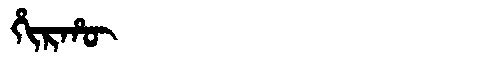
Manchu: ᡥᡳᡵᡥᡡ
Romanization: HIRHŪ